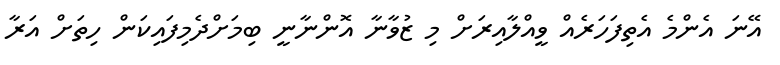
އޭނަ އެންމެ އެތިފަހަރެއް ވީއްލާއިރަށް މި ޒުވާނާ އޮންނާނީ ބިމަށްދެމިފައިކަން ހިތަށް އަރާ